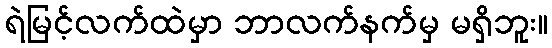
ရဲမြင့်လက်ထဲမှာ ဘာလက်နက်မှ မရှိဘူး။